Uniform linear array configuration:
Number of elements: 8
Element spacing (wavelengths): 0.25
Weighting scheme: exponential
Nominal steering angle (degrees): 45
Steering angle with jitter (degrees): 43.951
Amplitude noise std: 0.05
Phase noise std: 0.05

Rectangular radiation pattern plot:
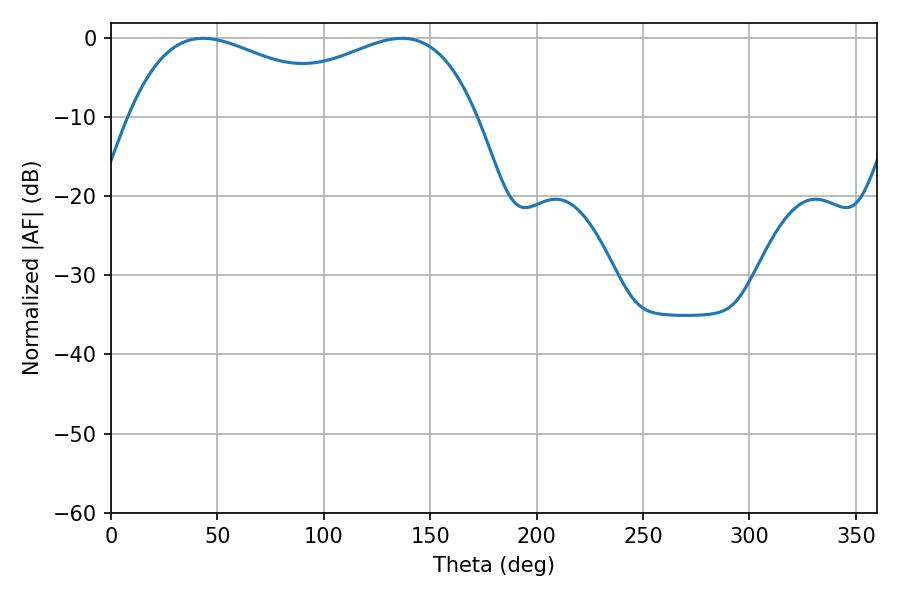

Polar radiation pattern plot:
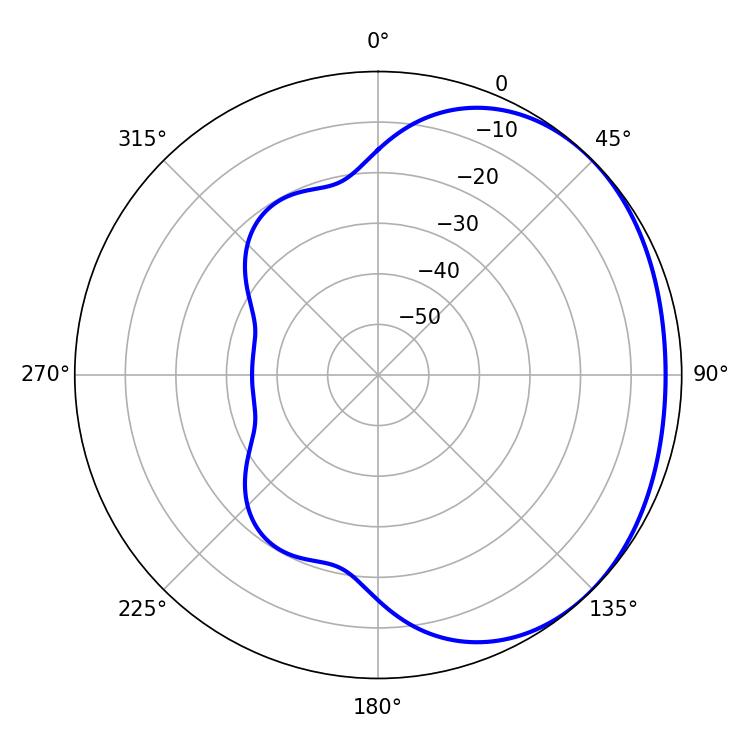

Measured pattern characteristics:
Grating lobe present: FALSE
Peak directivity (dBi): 1.646
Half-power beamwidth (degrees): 60.12
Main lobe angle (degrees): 43.38